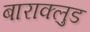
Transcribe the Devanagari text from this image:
बाराक्लुड